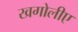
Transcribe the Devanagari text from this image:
खगोलीए